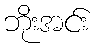
ဘိုးအင်း